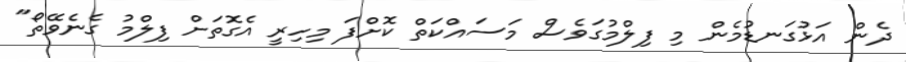
ދެން އަޅުގަނޑުމެން މި ފިލްމުގަވެސް މަސައްކަތް ކޮށްފަ މިހިރީ އެގޮތަށް ފިލްމު ގެނެވޭތޯ"